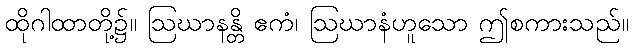
ထိုဂါထာတို့၌။ ဩဃာနန္တိ ဧကံ၊ ဩဃာနံဟူသော ဤစကားသည်။